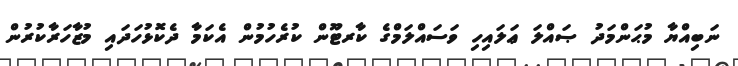
ނަބިއްޔާ މުޙަންމަދު ޞައްލަ ޢަލައިހި ވަސައްލަމްގެ ކާރޓޫން ކުރެހުމުން އެކަމާ ދެކޮޅުހަދައި މުޒާހަރާކުރުން